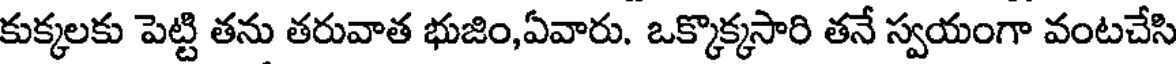
కుక్కలకు పెట్టి తను తరువాత భుజిం,ఏవారు. ఒక్కొక్కసారి తనే స్వయంగా వంటచేసి